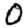
Digit: 0